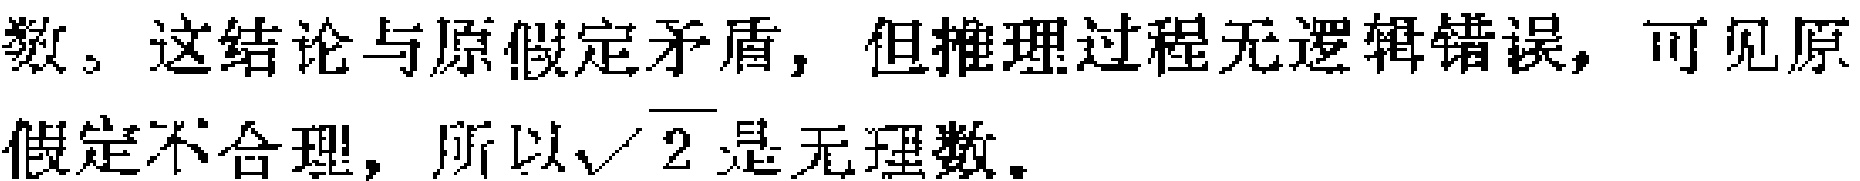
数。这结论与原假定矛盾，但推理过程无逻辑错误，可见原假定不合理，所以$\sqrt{2}$是无理数。